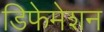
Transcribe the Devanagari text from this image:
डिफेमेशन